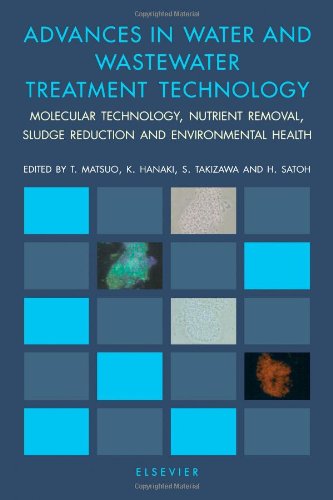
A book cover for Advances in Water and Wastewater Treatment Technology: Molecular Technology, Nutrient Removal, Sludge Reduction, and Environmental Health; Science & Math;